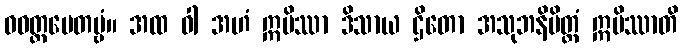
ဝဝတ္ထပေတဗ္ဗံ။ အထ ဝါ အဟံ ဣမိဿာ ဒိသာယ ဌိတော အသုဘနိမိတ္တံ ဣမိဿာတိ